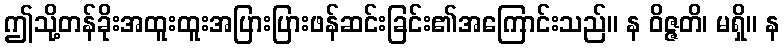
ဤသို့တန်ခိုးအထူးထူးအပြားပြားဖန်ဆင်းခြင်း၏အကြောင်းသည်။ န ဝိဇ္ဇတိ၊ မရှိ။ န